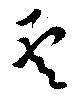
雲